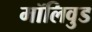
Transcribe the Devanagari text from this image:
मॉलिवुड